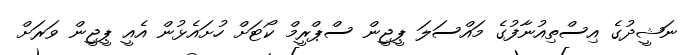
ނަޝީދުގެ އިސްތިއުނާފުގެ މައްސަލަ ޕީޖީން ސްޕްރީމް ކޯޓަށް ހުށައެޅުން އެއީ ޕީޖީން ވަރަށް